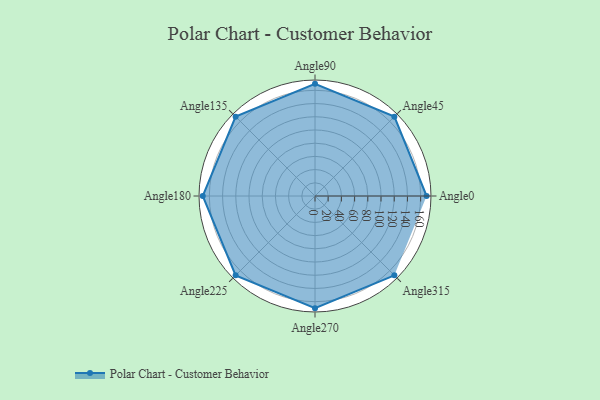
{"axis": {"x": "Angle", "y": "Radius"}, "legend": [""], "data": [{"x": "Angle0", "y": 169.0, "type": ""}, {"x": "Angle45", "y": 170, "type": ""}, {"x": "Angle90", "y": 170, "type": ""}, {"x": "Angle135", "y": 170, "type": ""}, {"x": "Angle180", "y": 170, "type": ""}, {"x": "Angle225", "y": 170, "type": ""}, {"x": "Angle270", "y": 170, "type": ""}, {"x": "Angle315", "y": 170, "type": ""}]}